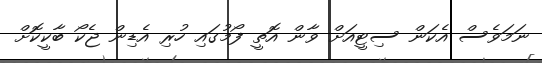
ނަމަވެސް އެކަން ސިޓީއަށް ވާން އޮތީ ފޯމުގައި ހުރި އެޑިން ޖެކޯ ބާކީކޮށް